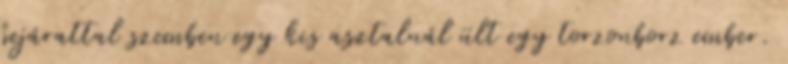
bejárattal szemben egy kis asztalnál ült egy torzonborz ember.